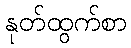
နုတ်ထွက်စာ